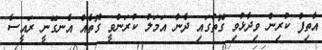
އާތިފް ކުރިން ވިދާޅުވި ގޮތުގައި ދެން އަމަލު ކުރަންވީ ގޮތެއް އެނގޭނީ ރައީސާ